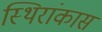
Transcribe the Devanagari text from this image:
स्थिरांकास